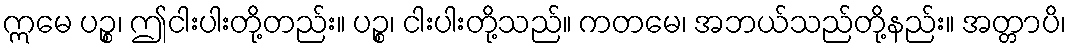
ဣမေ ပဉ္စ၊ ဤငါးပါးတို့တည်း။ ပဉ္စ၊ ငါးပါးတို့သည်။ ကတမေ၊ အဘယ်သည်တို့နည်း။ အတ္တာပိ၊